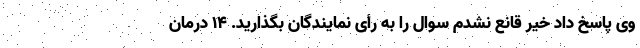
وی پاسخ داد خیر قانع نشدم سوال را به رأی نمایندگان بگذارید. 14 درمان